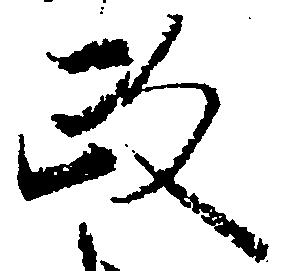
政